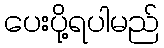
ပေးပို့ရပါမည်